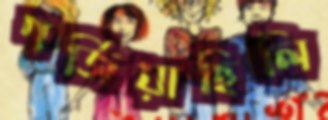
গর্জিয়াছিলি